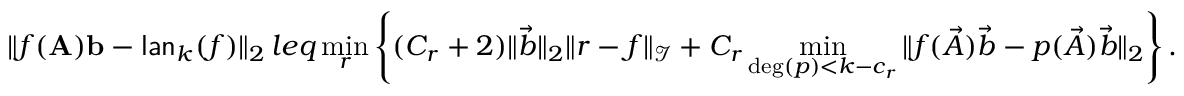
\| f ( \mathbf { A } ) \mathbf { b } - \mathsf { l a n } _ { k } ( f ) \| _ { 2 } \, l e q \operatorname* { m i n } _ { r } \left\{ ( C _ { r } + 2 ) \| \vec { b } \| _ { 2 } \| r - f \| _ { \mathcal I } + C _ { r } \operatorname* { m i n } _ { \deg ( p ) < k - c _ { r } } \| f ( \vec { A } ) \vec { b } - p ( \vec { A } ) \vec { b } \| _ { 2 } \right\} .